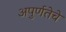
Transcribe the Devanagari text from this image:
अपुर्णतेचे